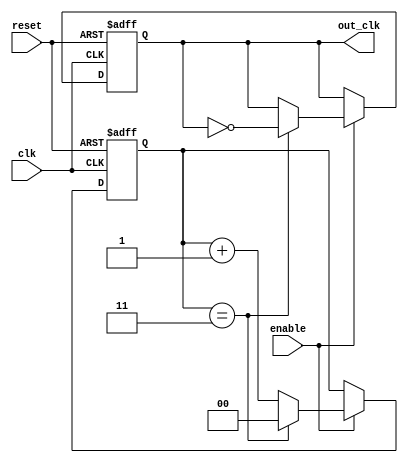
module clock_divider #(
    parameter N = 4          // Parameterized division factor
)(
    input wire clk,         // Input clock signal
    input wire reset,       // Active high reset signal
    input wire enable,      // Optional output enable signal
    output reg out_clk      // Output clock signal
);

    reg [$clog2(N)-1:0] counter; // Counter to keep track of input clock cycles

    // Synchronous process to handle clock division
    always @(posedge clk or posedge reset) begin
        if (reset) begin
            counter <= 0;         // Reset counter
            out_clk <= 0;         // Reset output clock
        end else begin
            if (enable) begin      // Check if output is enabled
                if (counter == (N-1)) begin
                    counter <= 0;   // Reset the counter
                    out_clk <= ~out_clk; // Toggle the output clock
                end else begin
                    counter <= counter + 1; // Increment the counter
                end
            end
        end
    end

endmodule